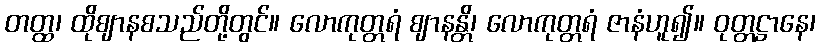
တတ္ထ၊ ထိုဈာနစသည်တို့တွင်။ လောကုတ္တရံ ဈာနန္တိ၊ လောကုတ္တရံ ဇာနံဟူ၍။ ဝုတ္တဋ္ဌာနေ၊